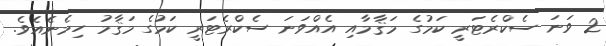
2 ވަނަ ސެކްރެޓަރީ ކަމުގެ މަޤާމާއި އެއްވަނަ ސެކްރެޓަރީ ކަމުގެ މަޤާމު ހިމެނެއެވެ.